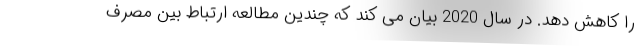
را کاهش دهد. در سال 2020 بیان می کند که چندین مطالعه ارتباط بین مصرف